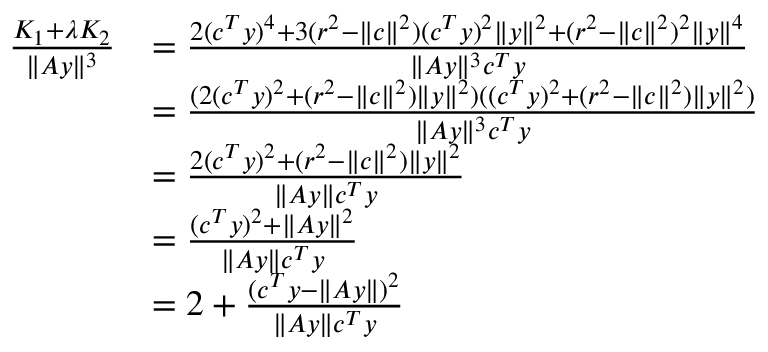
\begin{array} { r l } { \frac { K _ { 1 } + \lambda K _ { 2 } } { \| A y \| ^ { 3 } } } & { = \frac { 2 ( c ^ { T } y ) ^ { 4 } + 3 ( r ^ { 2 } - \| c \| ^ { 2 } ) ( c ^ { T } y ) ^ { 2 } \| y \| ^ { 2 } + ( r ^ { 2 } - \| c \| ^ { 2 } ) ^ { 2 } \| y \| ^ { 4 } } { \| A y \| ^ { 3 } c ^ { T } y } } \\ & { = \frac { ( 2 ( c ^ { T } y ) ^ { 2 } + ( r ^ { 2 } - \| c \| ^ { 2 } ) \| y \| ^ { 2 } ) ( ( c ^ { T } y ) ^ { 2 } + ( r ^ { 2 } - \| c \| ^ { 2 } ) \| y \| ^ { 2 } ) } { \| A y \| ^ { 3 } c ^ { T } y } } \\ & { = \frac { 2 ( c ^ { T } y ) ^ { 2 } + ( r ^ { 2 } - \| c \| ^ { 2 } ) \| y \| ^ { 2 } } { \| A y \| c ^ { T } y } } \\ & { = \frac { ( c ^ { T } y ) ^ { 2 } + \| A y \| ^ { 2 } } { \| A y \| c ^ { T } y } } \\ & { = 2 + \frac { ( c ^ { T } y - \| A y \| ) ^ { 2 } } { \| A y \| c ^ { T } y } } \end{array}